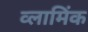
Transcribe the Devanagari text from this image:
व्लामिंक